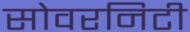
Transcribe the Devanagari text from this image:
सोवरनिटी